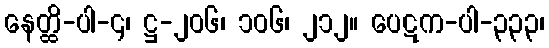
နေတ္ထိ-ပါ-၄၊ ဋ္ဌ-၂၀၆၊ ၁၀၆၊ ၂၁၂။ ပေဋက-ပါ-၃၃၃၊